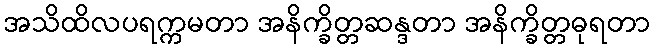
အသိထိလပရက္ကမတာ အနိက္ခိတ္တဆန္ဒတာ အနိက္ခိတ္တဓုရတာ